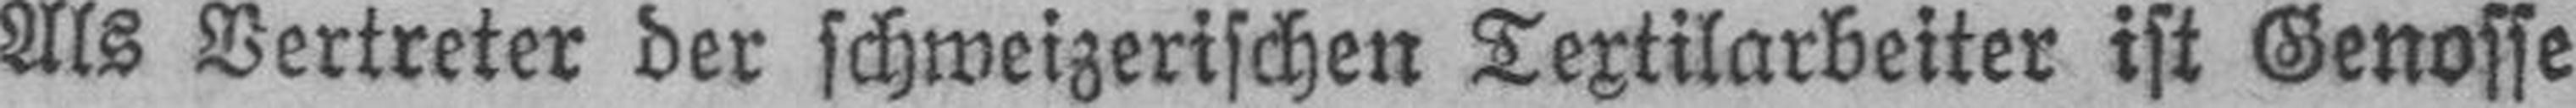
Als Vertreter der schweizerischen Textilarbeiter ist Genosse